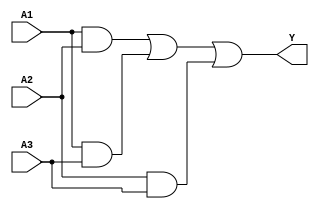
module SOP_Simplification (
    input wire A1,    // First input
    input wire A2,    // Second input
    input wire A3,    // Third input
    output wire Y     // Output
);

// Define the SOP expression
// Assuming the simplified SOP expression is Y = A1 & A2 | A1 & A3 | A2 & A3
assign Y = (A1 & A2) | (A1 & A3) | (A2 & A3);

endmodule